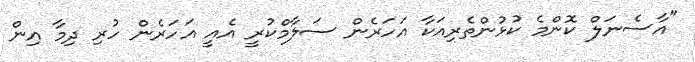
"އާސެނަލް ކޮންމެ ކުޅުންތެރިއަކާ އަހަރެން ސަލާމްކުރީ އެއީ އަހަރެން ހުރި ދިމާ އިން